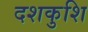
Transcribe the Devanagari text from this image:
दशकुशि